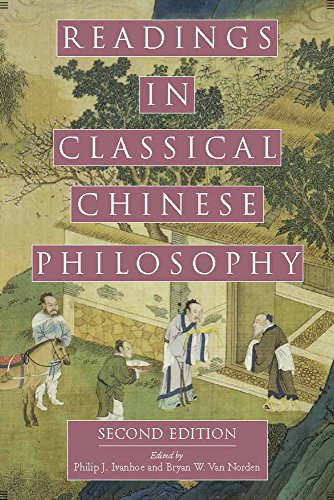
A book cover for Readings in Classical Chinese Philosophy; Politics & Social Sciences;